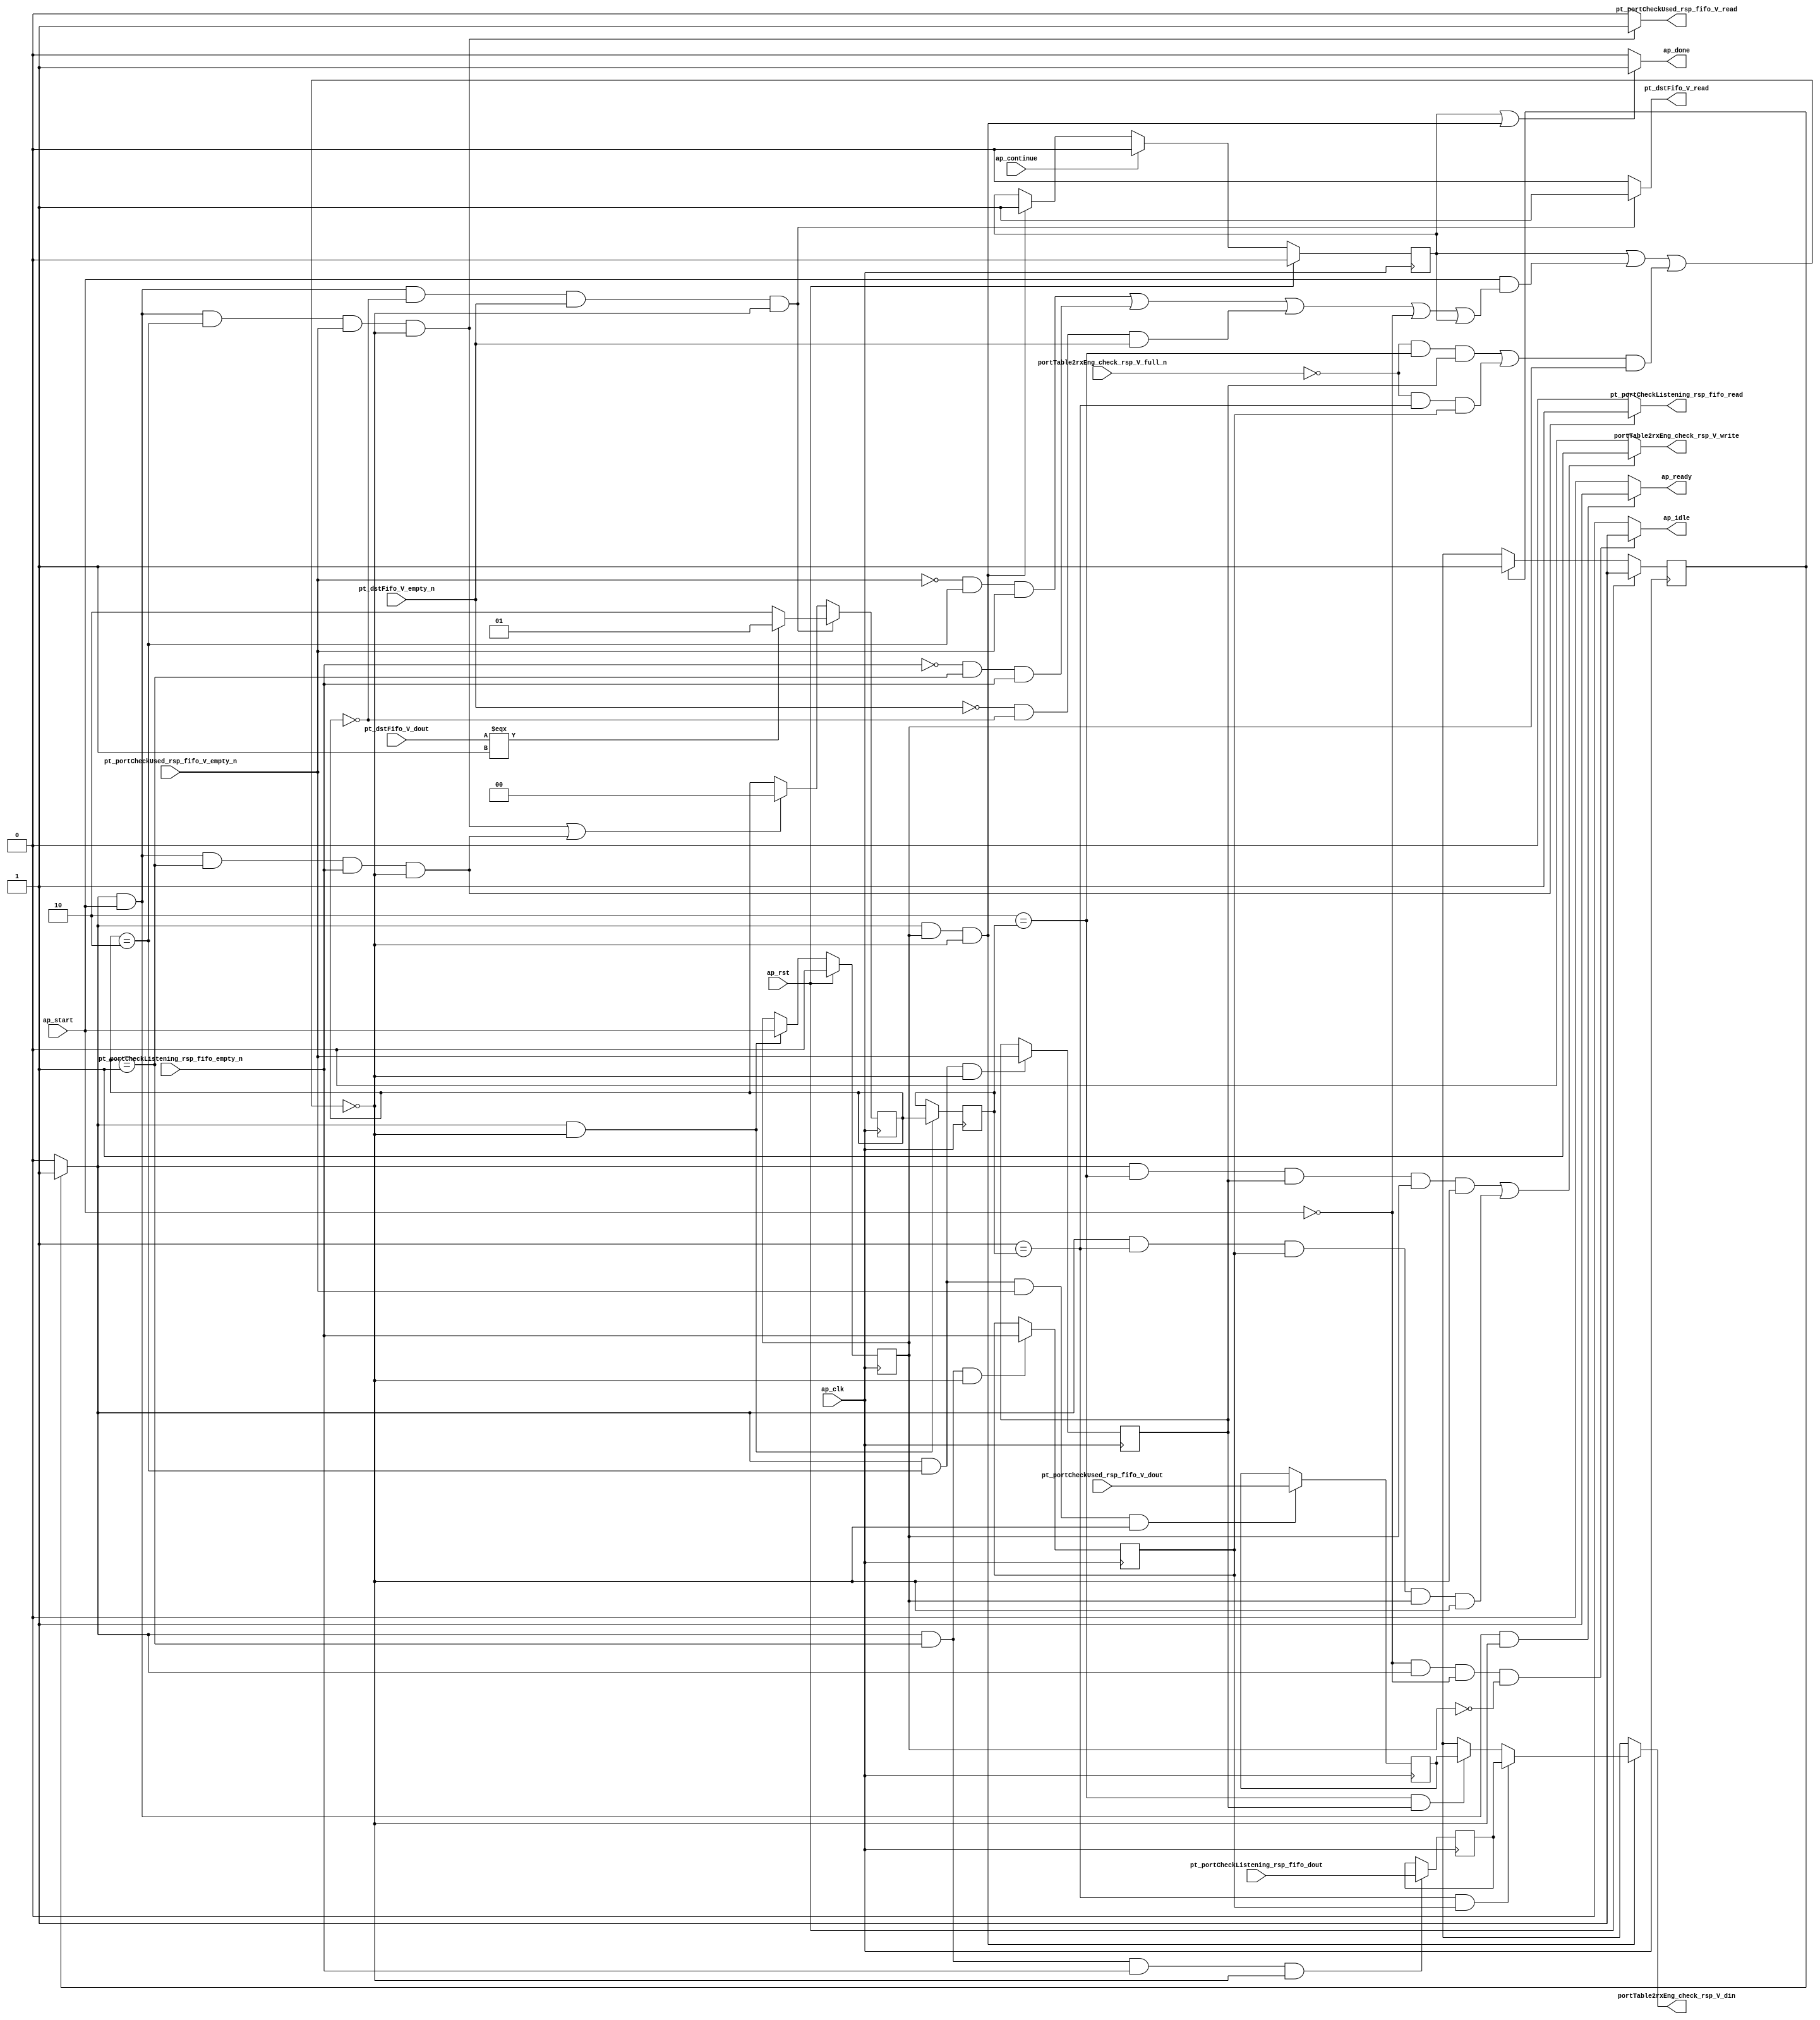
// This program was cloned from: https://github.com/mustafabbas/ECE1373_2016_hft_on_fpga
// License: MIT License

// ==============================================================
// RTL generated by Vivado(TM) HLS - High-Level Synthesis from C, C++ and SystemC
// Version: 2015.1
// Copyright (C) 2015 Xilinx Inc. All rights reserved.
// 
// ===========================================================

`timescale 1 ns / 1 ps 

module toe_checkMuxOutput (
        ap_clk,
        ap_rst,
        ap_start,
        ap_done,
        ap_continue,
        ap_idle,
        ap_ready,
        pt_portCheckUsed_rsp_fifo_V_dout,
        pt_portCheckUsed_rsp_fifo_V_empty_n,
        pt_portCheckUsed_rsp_fifo_V_read,
        pt_portCheckListening_rsp_fifo_dout,
        pt_portCheckListening_rsp_fifo_empty_n,
        pt_portCheckListening_rsp_fifo_read,
        pt_dstFifo_V_dout,
        pt_dstFifo_V_empty_n,
        pt_dstFifo_V_read,
        portTable2rxEng_check_rsp_V_din,
        portTable2rxEng_check_rsp_V_full_n,
        portTable2rxEng_check_rsp_V_write
);

parameter    ap_const_logic_1 = 1'b1;
parameter    ap_const_logic_0 = 1'b0;
parameter    ap_ST_pp0_stg0_fsm_0 = 1'b1;
parameter    ap_const_lv32_0 = 32'b00000000000000000000000000000000;
parameter    ap_const_lv1_1 = 1'b1;
parameter    ap_const_lv2_2 = 2'b10;
parameter    ap_const_lv1_0 = 1'b0;
parameter    ap_const_lv2_1 = 2'b1;
parameter    ap_const_lv2_0 = 2'b00;
parameter    ap_true = 1'b1;

input   ap_clk;
input   ap_rst;
input   ap_start;
output   ap_done;
input   ap_continue;
output   ap_idle;
output   ap_ready;
input  [0:0] pt_portCheckUsed_rsp_fifo_V_dout;
input   pt_portCheckUsed_rsp_fifo_V_empty_n;
output   pt_portCheckUsed_rsp_fifo_V_read;
input  [0:0] pt_portCheckListening_rsp_fifo_dout;
input   pt_portCheckListening_rsp_fifo_empty_n;
output   pt_portCheckListening_rsp_fifo_read;
input  [0:0] pt_dstFifo_V_dout;
input   pt_dstFifo_V_empty_n;
output   pt_dstFifo_V_read;
output  [0:0] portTable2rxEng_check_rsp_V_din;
input   portTable2rxEng_check_rsp_V_full_n;
output   portTable2rxEng_check_rsp_V_write;

reg ap_done;
reg ap_idle;
reg ap_ready;
reg pt_portCheckUsed_rsp_fifo_V_read;
reg pt_portCheckListening_rsp_fifo_read;
reg pt_dstFifo_V_read;
reg[0:0] portTable2rxEng_check_rsp_V_din;
reg portTable2rxEng_check_rsp_V_write;
reg    ap_done_reg = 1'b0;
(* fsm_encoding = "none" *) reg   [0:0] ap_CS_fsm = 1'b1;
reg    ap_sig_cseq_ST_pp0_stg0_fsm_0;
reg    ap_sig_bdd_20;
wire    ap_reg_ppiten_pp0_it0;
reg    ap_reg_ppiten_pp0_it1 = 1'b0;
wire   [0:0] tmp_136_nbreadreq_fu_48_p3;
wire   [0:0] tmp_135_nbreadreq_fu_62_p3;
wire   [0:0] tmp_nbreadreq_fu_76_p3;
reg    ap_sig_bdd_79;
reg   [1:0] cm_fsmState_load_reg_122;
reg   [0:0] tmp_136_reg_126;
reg   [0:0] tmp_135_reg_135;
reg    ap_sig_bdd_100;
reg   [1:0] cm_fsmState = 2'b00;
reg   [0:0] tmp_501_reg_130;
reg   [0:0] tmp_500_reg_139;
wire   [1:0] storemerge_fu_108_p3;
reg   [0:0] ap_NS_fsm;
reg    ap_sig_pprstidle_pp0;
reg    ap_sig_bdd_92;
reg    ap_sig_bdd_98;
reg    ap_sig_bdd_129;




/// the current state (ap_CS_fsm) of the state machine. ///
always @ (posedge ap_clk)
begin : ap_ret_ap_CS_fsm
    if (ap_rst == 1'b1) begin
        ap_CS_fsm <= ap_ST_pp0_stg0_fsm_0;
    end else begin
        ap_CS_fsm <= ap_NS_fsm;
    end
end

/// ap_done_reg assign process. ///
always @ (posedge ap_clk)
begin : ap_ret_ap_done_reg
    if (ap_rst == 1'b1) begin
        ap_done_reg <= ap_const_logic_0;
    end else begin
        if ((ap_const_logic_1 == ap_continue)) begin
            ap_done_reg <= ap_const_logic_0;
        end else if (((ap_const_logic_1 == ap_sig_cseq_ST_pp0_stg0_fsm_0) & (ap_const_logic_1 == ap_reg_ppiten_pp0_it1) & ~((ap_done_reg == ap_const_logic_1) | ((ap_const_logic_1 == ap_reg_ppiten_pp0_it0) & ap_sig_bdd_79) | (ap_sig_bdd_100 & (ap_const_logic_1 == ap_reg_ppiten_pp0_it1))))) begin
            ap_done_reg <= ap_const_logic_1;
        end
    end
end

/// ap_reg_ppiten_pp0_it1 assign process. ///
always @ (posedge ap_clk)
begin : ap_ret_ap_reg_ppiten_pp0_it1
    if (ap_rst == 1'b1) begin
        ap_reg_ppiten_pp0_it1 <= ap_const_logic_0;
    end else begin
        if (((ap_const_logic_1 == ap_sig_cseq_ST_pp0_stg0_fsm_0) & ~((ap_done_reg == ap_const_logic_1) | ((ap_const_logic_1 == ap_reg_ppiten_pp0_it0) & ap_sig_bdd_79) | (ap_sig_bdd_100 & (ap_const_logic_1 == ap_reg_ppiten_pp0_it1))))) begin
            ap_reg_ppiten_pp0_it1 <= ap_reg_ppiten_pp0_it0;
        end
    end
end

/// assign process. ///
always @(posedge ap_clk)
begin
    if (((ap_const_logic_1 == ap_sig_cseq_ST_pp0_stg0_fsm_0) & (ap_const_logic_1 == ap_reg_ppiten_pp0_it0) & (cm_fsmState == ap_const_lv2_0) & ~(ap_const_lv1_0 == tmp_nbreadreq_fu_76_p3) & ~((ap_done_reg == ap_const_logic_1) | ((ap_const_logic_1 == ap_reg_ppiten_pp0_it0) & ap_sig_bdd_79) | (ap_sig_bdd_100 & (ap_const_logic_1 == ap_reg_ppiten_pp0_it1))))) begin
        cm_fsmState <= storemerge_fu_108_p3;
    end else if ((((ap_const_logic_1 == ap_sig_cseq_ST_pp0_stg0_fsm_0) & (ap_const_logic_1 == ap_reg_ppiten_pp0_it0) & (cm_fsmState == ap_const_lv2_2) & ~(tmp_136_nbreadreq_fu_48_p3 == ap_const_lv1_0) & ~((ap_done_reg == ap_const_logic_1) | ((ap_const_logic_1 == ap_reg_ppiten_pp0_it0) & ap_sig_bdd_79) | (ap_sig_bdd_100 & (ap_const_logic_1 == ap_reg_ppiten_pp0_it1)))) | ((ap_const_logic_1 == ap_sig_cseq_ST_pp0_stg0_fsm_0) & (ap_const_logic_1 == ap_reg_ppiten_pp0_it0) & (cm_fsmState == ap_const_lv2_1) & ~(ap_const_lv1_0 == tmp_135_nbreadreq_fu_62_p3) & ~((ap_done_reg == ap_const_logic_1) | ((ap_const_logic_1 == ap_reg_ppiten_pp0_it0) & ap_sig_bdd_79) | (ap_sig_bdd_100 & (ap_const_logic_1 == ap_reg_ppiten_pp0_it1)))))) begin
        cm_fsmState <= ap_const_lv2_0;
    end
end

/// assign process. ///
always @(posedge ap_clk)
begin
    if (((ap_const_logic_1 == ap_sig_cseq_ST_pp0_stg0_fsm_0) & ~((ap_done_reg == ap_const_logic_1) | ((ap_const_logic_1 == ap_reg_ppiten_pp0_it0) & ap_sig_bdd_79) | (ap_sig_bdd_100 & (ap_const_logic_1 == ap_reg_ppiten_pp0_it1))))) begin
        cm_fsmState_load_reg_122 <= cm_fsmState;
    end
end

/// assign process. ///
always @(posedge ap_clk)
begin
    if (((ap_const_logic_1 == ap_sig_cseq_ST_pp0_stg0_fsm_0) & (cm_fsmState == ap_const_lv2_1) & ~((ap_done_reg == ap_const_logic_1) | ((ap_const_logic_1 == ap_reg_ppiten_pp0_it0) & ap_sig_bdd_79) | (ap_sig_bdd_100 & (ap_const_logic_1 == ap_reg_ppiten_pp0_it1))))) begin
        tmp_135_reg_135 <= tmp_135_nbreadreq_fu_62_p3;
    end
end

/// assign process. ///
always @(posedge ap_clk)
begin
    if (((ap_const_logic_1 == ap_sig_cseq_ST_pp0_stg0_fsm_0) & (cm_fsmState == ap_const_lv2_2) & ~((ap_done_reg == ap_const_logic_1) | ((ap_const_logic_1 == ap_reg_ppiten_pp0_it0) & ap_sig_bdd_79) | (ap_sig_bdd_100 & (ap_const_logic_1 == ap_reg_ppiten_pp0_it1))))) begin
        tmp_136_reg_126 <= tmp_136_nbreadreq_fu_48_p3;
    end
end

/// assign process. ///
always @(posedge ap_clk)
begin
    if (((ap_const_logic_1 == ap_sig_cseq_ST_pp0_stg0_fsm_0) & (cm_fsmState == ap_const_lv2_1) & ~(ap_const_lv1_0 == tmp_135_nbreadreq_fu_62_p3) & ~((ap_done_reg == ap_const_logic_1) | ((ap_const_logic_1 == ap_reg_ppiten_pp0_it0) & ap_sig_bdd_79) | (ap_sig_bdd_100 & (ap_const_logic_1 == ap_reg_ppiten_pp0_it1))))) begin
        tmp_500_reg_139 <= pt_portCheckListening_rsp_fifo_dout;
    end
end

/// assign process. ///
always @(posedge ap_clk)
begin
    if (((ap_const_logic_1 == ap_sig_cseq_ST_pp0_stg0_fsm_0) & (cm_fsmState == ap_const_lv2_2) & ~(tmp_136_nbreadreq_fu_48_p3 == ap_const_lv1_0) & ~((ap_done_reg == ap_const_logic_1) | ((ap_const_logic_1 == ap_reg_ppiten_pp0_it0) & ap_sig_bdd_79) | (ap_sig_bdd_100 & (ap_const_logic_1 == ap_reg_ppiten_pp0_it1))))) begin
        tmp_501_reg_130 <= pt_portCheckUsed_rsp_fifo_V_dout;
    end
end

/// ap_done assign process. ///
always @ (ap_done_reg or ap_sig_cseq_ST_pp0_stg0_fsm_0 or ap_reg_ppiten_pp0_it0 or ap_reg_ppiten_pp0_it1 or ap_sig_bdd_79 or ap_sig_bdd_100)
begin
    if (((ap_const_logic_1 == ap_done_reg) | ((ap_const_logic_1 == ap_sig_cseq_ST_pp0_stg0_fsm_0) & (ap_const_logic_1 == ap_reg_ppiten_pp0_it1) & ~((ap_done_reg == ap_const_logic_1) | ((ap_const_logic_1 == ap_reg_ppiten_pp0_it0) & ap_sig_bdd_79) | (ap_sig_bdd_100 & (ap_const_logic_1 == ap_reg_ppiten_pp0_it1)))))) begin
        ap_done = ap_const_logic_1;
    end else begin
        ap_done = ap_const_logic_0;
    end
end

/// ap_idle assign process. ///
always @ (ap_start or ap_sig_cseq_ST_pp0_stg0_fsm_0 or ap_reg_ppiten_pp0_it0 or ap_reg_ppiten_pp0_it1)
begin
    if ((~(ap_const_logic_1 == ap_start) & (ap_const_logic_1 == ap_sig_cseq_ST_pp0_stg0_fsm_0) & (ap_const_logic_0 == ap_reg_ppiten_pp0_it0) & (ap_const_logic_0 == ap_reg_ppiten_pp0_it1))) begin
        ap_idle = ap_const_logic_1;
    end else begin
        ap_idle = ap_const_logic_0;
    end
end

/// ap_ready assign process. ///
always @ (ap_done_reg or ap_sig_cseq_ST_pp0_stg0_fsm_0 or ap_reg_ppiten_pp0_it0 or ap_reg_ppiten_pp0_it1 or ap_sig_bdd_79 or ap_sig_bdd_100)
begin
    if (((ap_const_logic_1 == ap_sig_cseq_ST_pp0_stg0_fsm_0) & (ap_const_logic_1 == ap_reg_ppiten_pp0_it0) & ~((ap_done_reg == ap_const_logic_1) | ((ap_const_logic_1 == ap_reg_ppiten_pp0_it0) & ap_sig_bdd_79) | (ap_sig_bdd_100 & (ap_const_logic_1 == ap_reg_ppiten_pp0_it1))))) begin
        ap_ready = ap_const_logic_1;
    end else begin
        ap_ready = ap_const_logic_0;
    end
end

/// ap_sig_cseq_ST_pp0_stg0_fsm_0 assign process. ///
always @ (ap_sig_bdd_20)
begin
    if (ap_sig_bdd_20) begin
        ap_sig_cseq_ST_pp0_stg0_fsm_0 = ap_const_logic_1;
    end else begin
        ap_sig_cseq_ST_pp0_stg0_fsm_0 = ap_const_logic_0;
    end
end

/// ap_sig_pprstidle_pp0 assign process. ///
always @ (ap_start or ap_reg_ppiten_pp0_it0)
begin
    if (((ap_const_logic_0 == ap_reg_ppiten_pp0_it0) & (ap_const_logic_0 == ap_start))) begin
        ap_sig_pprstidle_pp0 = ap_const_logic_1;
    end else begin
        ap_sig_pprstidle_pp0 = ap_const_logic_0;
    end
end

/// portTable2rxEng_check_rsp_V_din assign process. ///
always @ (tmp_501_reg_130 or tmp_500_reg_139 or ap_sig_bdd_92 or ap_sig_bdd_98 or ap_sig_bdd_129)
begin
    if (ap_sig_bdd_129) begin
        if (ap_sig_bdd_98) begin
            portTable2rxEng_check_rsp_V_din = tmp_500_reg_139;
        end else if (ap_sig_bdd_92) begin
            portTable2rxEng_check_rsp_V_din = tmp_501_reg_130;
        end else begin
            portTable2rxEng_check_rsp_V_din = 'bx;
        end
    end else begin
        portTable2rxEng_check_rsp_V_din = 'bx;
    end
end

/// portTable2rxEng_check_rsp_V_write assign process. ///
always @ (ap_done_reg or ap_sig_cseq_ST_pp0_stg0_fsm_0 or ap_reg_ppiten_pp0_it0 or ap_reg_ppiten_pp0_it1 or ap_sig_bdd_79 or cm_fsmState_load_reg_122 or tmp_136_reg_126 or tmp_135_reg_135 or ap_sig_bdd_100)
begin
    if ((((ap_const_logic_1 == ap_sig_cseq_ST_pp0_stg0_fsm_0) & (ap_const_lv2_2 == cm_fsmState_load_reg_122) & ~(ap_const_lv1_0 == tmp_136_reg_126) & (ap_const_logic_1 == ap_reg_ppiten_pp0_it1) & ~((ap_done_reg == ap_const_logic_1) | ((ap_const_logic_1 == ap_reg_ppiten_pp0_it0) & ap_sig_bdd_79) | (ap_sig_bdd_100 & (ap_const_logic_1 == ap_reg_ppiten_pp0_it1)))) | ((ap_const_logic_1 == ap_sig_cseq_ST_pp0_stg0_fsm_0) & (ap_const_lv2_1 == cm_fsmState_load_reg_122) & ~(ap_const_lv1_0 == tmp_135_reg_135) & (ap_const_logic_1 == ap_reg_ppiten_pp0_it1) & ~((ap_done_reg == ap_const_logic_1) | ((ap_const_logic_1 == ap_reg_ppiten_pp0_it0) & ap_sig_bdd_79) | (ap_sig_bdd_100 & (ap_const_logic_1 == ap_reg_ppiten_pp0_it1)))))) begin
        portTable2rxEng_check_rsp_V_write = ap_const_logic_1;
    end else begin
        portTable2rxEng_check_rsp_V_write = ap_const_logic_0;
    end
end

/// pt_dstFifo_V_read assign process. ///
always @ (ap_done_reg or ap_sig_cseq_ST_pp0_stg0_fsm_0 or ap_reg_ppiten_pp0_it0 or ap_reg_ppiten_pp0_it1 or tmp_nbreadreq_fu_76_p3 or ap_sig_bdd_79 or ap_sig_bdd_100 or cm_fsmState)
begin
    if (((ap_const_logic_1 == ap_sig_cseq_ST_pp0_stg0_fsm_0) & (ap_const_logic_1 == ap_reg_ppiten_pp0_it0) & (cm_fsmState == ap_const_lv2_0) & ~(ap_const_lv1_0 == tmp_nbreadreq_fu_76_p3) & ~((ap_done_reg == ap_const_logic_1) | ((ap_const_logic_1 == ap_reg_ppiten_pp0_it0) & ap_sig_bdd_79) | (ap_sig_bdd_100 & (ap_const_logic_1 == ap_reg_ppiten_pp0_it1))))) begin
        pt_dstFifo_V_read = ap_const_logic_1;
    end else begin
        pt_dstFifo_V_read = ap_const_logic_0;
    end
end

/// pt_portCheckListening_rsp_fifo_read assign process. ///
always @ (ap_done_reg or ap_sig_cseq_ST_pp0_stg0_fsm_0 or ap_reg_ppiten_pp0_it0 or ap_reg_ppiten_pp0_it1 or tmp_135_nbreadreq_fu_62_p3 or ap_sig_bdd_79 or ap_sig_bdd_100 or cm_fsmState)
begin
    if (((ap_const_logic_1 == ap_sig_cseq_ST_pp0_stg0_fsm_0) & (ap_const_logic_1 == ap_reg_ppiten_pp0_it0) & (cm_fsmState == ap_const_lv2_1) & ~(ap_const_lv1_0 == tmp_135_nbreadreq_fu_62_p3) & ~((ap_done_reg == ap_const_logic_1) | ((ap_const_logic_1 == ap_reg_ppiten_pp0_it0) & ap_sig_bdd_79) | (ap_sig_bdd_100 & (ap_const_logic_1 == ap_reg_ppiten_pp0_it1))))) begin
        pt_portCheckListening_rsp_fifo_read = ap_const_logic_1;
    end else begin
        pt_portCheckListening_rsp_fifo_read = ap_const_logic_0;
    end
end

/// pt_portCheckUsed_rsp_fifo_V_read assign process. ///
always @ (ap_done_reg or ap_sig_cseq_ST_pp0_stg0_fsm_0 or ap_reg_ppiten_pp0_it0 or ap_reg_ppiten_pp0_it1 or tmp_136_nbreadreq_fu_48_p3 or ap_sig_bdd_79 or ap_sig_bdd_100 or cm_fsmState)
begin
    if (((ap_const_logic_1 == ap_sig_cseq_ST_pp0_stg0_fsm_0) & (ap_const_logic_1 == ap_reg_ppiten_pp0_it0) & (cm_fsmState == ap_const_lv2_2) & ~(tmp_136_nbreadreq_fu_48_p3 == ap_const_lv1_0) & ~((ap_done_reg == ap_const_logic_1) | ((ap_const_logic_1 == ap_reg_ppiten_pp0_it0) & ap_sig_bdd_79) | (ap_sig_bdd_100 & (ap_const_logic_1 == ap_reg_ppiten_pp0_it1))))) begin
        pt_portCheckUsed_rsp_fifo_V_read = ap_const_logic_1;
    end else begin
        pt_portCheckUsed_rsp_fifo_V_read = ap_const_logic_0;
    end
end
/// the next state (ap_NS_fsm) of the state machine. ///
always @ (ap_done_reg or ap_CS_fsm or ap_reg_ppiten_pp0_it0 or ap_reg_ppiten_pp0_it1 or ap_sig_bdd_79 or ap_sig_bdd_100 or ap_sig_pprstidle_pp0)
begin
    case (ap_CS_fsm)
        ap_ST_pp0_stg0_fsm_0 : 
        begin
            ap_NS_fsm = ap_ST_pp0_stg0_fsm_0;
        end
        default : 
        begin
            ap_NS_fsm = 'bx;
        end
    endcase
end

assign ap_reg_ppiten_pp0_it0 = ap_start;

/// ap_sig_bdd_100 assign process. ///
always @ (portTable2rxEng_check_rsp_V_full_n or cm_fsmState_load_reg_122 or tmp_136_reg_126 or tmp_135_reg_135)
begin
    ap_sig_bdd_100 = (((portTable2rxEng_check_rsp_V_full_n == ap_const_logic_0) & (ap_const_lv2_2 == cm_fsmState_load_reg_122) & ~(ap_const_lv1_0 == tmp_136_reg_126)) | ((portTable2rxEng_check_rsp_V_full_n == ap_const_logic_0) & (ap_const_lv2_1 == cm_fsmState_load_reg_122) & ~(ap_const_lv1_0 == tmp_135_reg_135)));
end

/// ap_sig_bdd_129 assign process. ///
always @ (ap_done_reg or ap_sig_cseq_ST_pp0_stg0_fsm_0 or ap_reg_ppiten_pp0_it0 or ap_reg_ppiten_pp0_it1 or ap_sig_bdd_79 or ap_sig_bdd_100)
begin
    ap_sig_bdd_129 = ((ap_const_logic_1 == ap_sig_cseq_ST_pp0_stg0_fsm_0) & (ap_const_logic_1 == ap_reg_ppiten_pp0_it1) & ~((ap_done_reg == ap_const_logic_1) | ((ap_const_logic_1 == ap_reg_ppiten_pp0_it0) & ap_sig_bdd_79) | (ap_sig_bdd_100 & (ap_const_logic_1 == ap_reg_ppiten_pp0_it1))));
end

/// ap_sig_bdd_20 assign process. ///
always @ (ap_CS_fsm)
begin
    ap_sig_bdd_20 = (ap_CS_fsm[ap_const_lv32_0] == ap_const_lv1_1);
end

/// ap_sig_bdd_79 assign process. ///
always @ (ap_start or ap_done_reg or pt_portCheckUsed_rsp_fifo_V_empty_n or tmp_136_nbreadreq_fu_48_p3 or pt_portCheckListening_rsp_fifo_empty_n or tmp_135_nbreadreq_fu_62_p3 or pt_dstFifo_V_empty_n or tmp_nbreadreq_fu_76_p3 or cm_fsmState)
begin
    ap_sig_bdd_79 = (((pt_portCheckUsed_rsp_fifo_V_empty_n == ap_const_logic_0) & (cm_fsmState == ap_const_lv2_2) & ~(tmp_136_nbreadreq_fu_48_p3 == ap_const_lv1_0)) | ((pt_portCheckListening_rsp_fifo_empty_n == ap_const_logic_0) & (cm_fsmState == ap_const_lv2_1) & ~(ap_const_lv1_0 == tmp_135_nbreadreq_fu_62_p3)) | ((pt_dstFifo_V_empty_n == ap_const_logic_0) & (cm_fsmState == ap_const_lv2_0) & ~(ap_const_lv1_0 == tmp_nbreadreq_fu_76_p3)) | (ap_start == ap_const_logic_0) | (ap_done_reg == ap_const_logic_1));
end

/// ap_sig_bdd_92 assign process. ///
always @ (cm_fsmState_load_reg_122 or tmp_136_reg_126)
begin
    ap_sig_bdd_92 = ((ap_const_lv2_2 == cm_fsmState_load_reg_122) & ~(ap_const_lv1_0 == tmp_136_reg_126));
end

/// ap_sig_bdd_98 assign process. ///
always @ (cm_fsmState_load_reg_122 or tmp_135_reg_135)
begin
    ap_sig_bdd_98 = ((ap_const_lv2_1 == cm_fsmState_load_reg_122) & ~(ap_const_lv1_0 == tmp_135_reg_135));
end
assign storemerge_fu_108_p3 = ((pt_dstFifo_V_dout[0:0]===1'b1)? ap_const_lv2_1: ap_const_lv2_2);
assign tmp_135_nbreadreq_fu_62_p3 = pt_portCheckListening_rsp_fifo_empty_n;
assign tmp_136_nbreadreq_fu_48_p3 = pt_portCheckUsed_rsp_fifo_V_empty_n;
assign tmp_nbreadreq_fu_76_p3 = pt_dstFifo_V_empty_n;


endmodule //toe_checkMuxOutput